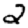
Digit: 2